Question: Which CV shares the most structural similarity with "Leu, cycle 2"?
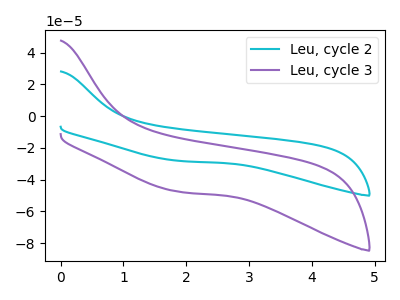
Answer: <think>The cyan curve "Leu, cycle 2" has no peaks. The purple curve "Leu, cycle 3" has no peaks.
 Neither "Leu, cycle 2" or "Leu, cycle 3" have any peaks.</think>
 <answer>The CV with the most similar shape to "Leu, cycle 3" is "Leu, cycle 2".</answer>
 <eval>"Leu, cycle 2"</eval>